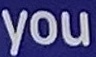
you